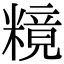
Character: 糡